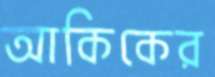
আকিকের